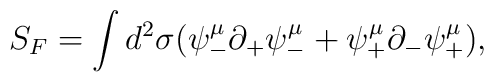
S_F = \int d^2 \sigma ( \psi_-^{\mu} \partial_+ \psi_-^{\mu} +\psi_+^{\mu} \partial_- \psi_+^{\mu}),